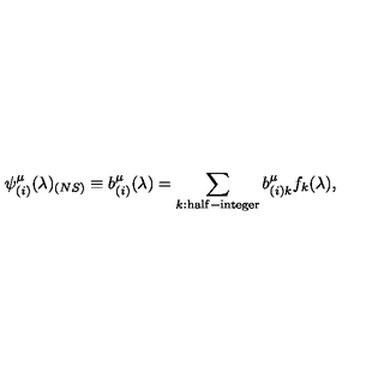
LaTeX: \psi _ { ( i ) } ^ { \mu } ( \lambda ) _ { ( N S ) } \equiv b _ { ( i ) } ^ { \mu } ( \lambda ) = \sum _ { k : \mathrm { \footnotesize h a l f - i n t e g e r } } b _ { ( i ) k } ^ { \mu } f _ { k } ( \lambda ) ,